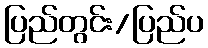
ပြည်တွင်း/ပြည်ပ